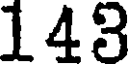
143